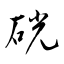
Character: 硄